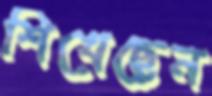
শিখেছেন